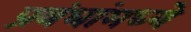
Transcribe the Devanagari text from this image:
प्रबंधांमध्ये